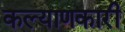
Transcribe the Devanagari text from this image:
कल्‍याणकारी